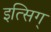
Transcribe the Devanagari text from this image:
इत्सिग्